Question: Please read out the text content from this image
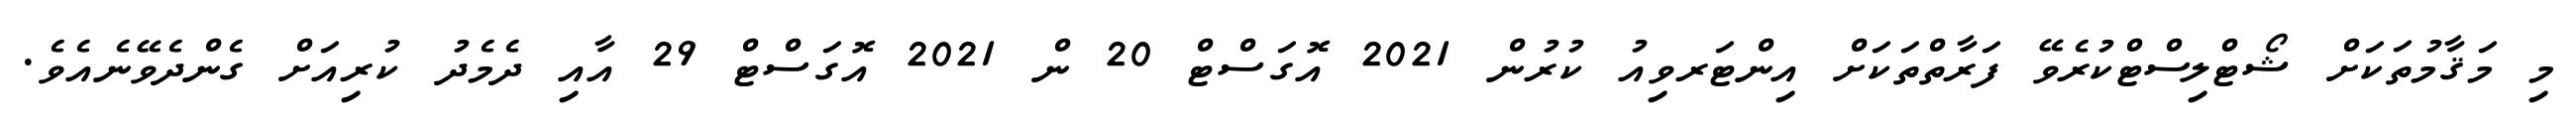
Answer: މި މަޤާމުތަކަށް ޝޯޓްލިސްޓްކުރެވޭ ފަރާތްތަކަށް އިންޓަރވިއު ކުރުން 2021 އޮގަސްޓް 20 ން 2021 އޮގަސްޓް 29 އާއި ދެމެދު ކުރިއަށް ގެންދެވޭނެއެވެ.